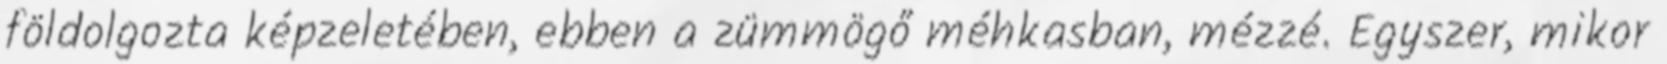
földolgozta képzeletében, ebben a zümmögő méhkasban, mézzé. Egyszer, mikor